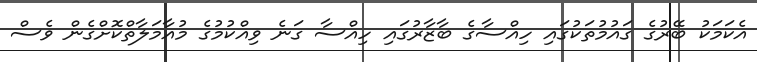
އެކަމަކު ބޭރުގެ ގައުމުތަކުގައި ހިއްސާގެ ބާޒާރުގައި ހިއްސާ ގަނެ ވިއްކުމުގެ މުއާމަލާތްކޮށްގެން ވެސް